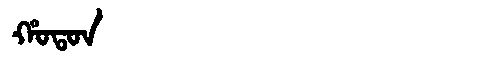
Manchu: ᡥᠣᡨᠣᠨ
Romanization: HOTON